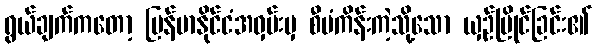
ရွယ်ချက်ကတော့ မြန်မာနိုင်ငံအဝှမ်းမှ စီမံကိန်းကဲ့သို့သော ယှဉ်ပြိုင်ခြင်း၏